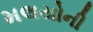
મલયોની